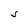
Character: S